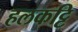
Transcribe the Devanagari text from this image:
हलकट्टि